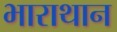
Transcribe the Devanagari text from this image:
भाराथान